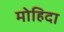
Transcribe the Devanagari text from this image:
मोहिदा